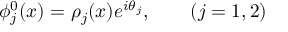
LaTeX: \phi _ { j } ^ { 0 } ( x ) = \rho _ { j } ( x ) { e } ^ { i \theta _ { j } } , \qquad ( j = 1 , 2 )